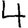
Digit: 4